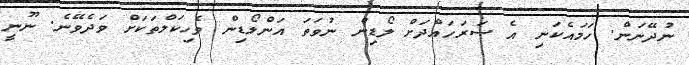
ނުދޭނަން. ހަމައެކަނި އެ ސަރަހައްދަށް ލޯޑިން ނުވަތަ އަންލޯޑިން ވެހިކަލްތަކަށް ވަދެވޭނެ. ނޫނީ